Annual administration report of the Civil Veterinary Department of India - 1908-1909
Year: 1908
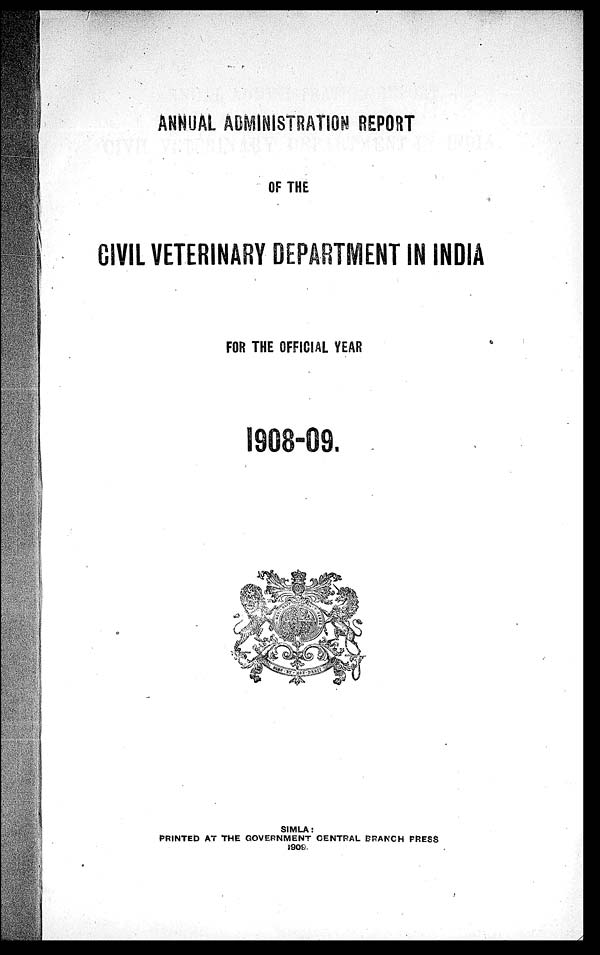
ANNUAL ADMINISTRATION REPORT
OF THE
CIVIL VETERINARY DEPARTMENT IN INDIA
FOR THE OFFICIAL YEAR
1908-09
SIMLA:
PRINTED AT THE GOVERNMENT CENTRAL BRANCH PRESS
1909.